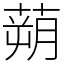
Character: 蒴